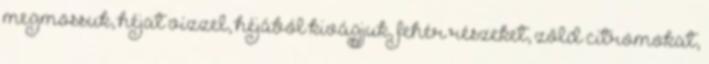
megmossuk, héjat vízzel, héjából kivágjuk, fehér részeket, zöld citromokat,